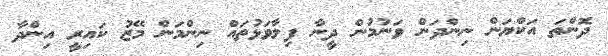
ދޮންތަ އަކްޔަން ނިންދަން ވަނުމުން ދީނާ ފިލާވަޅުތައް ނިންމަން މޭޒު ކައިރީ އިންދާ